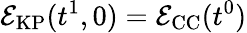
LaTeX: \mathcal{E}_{\mathrm{KP}}(t^{1},0)=\mathcal{E}_{\mathrm{CC}}(t^{0})